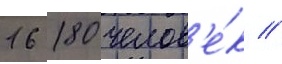
16 180 челов'е́к //